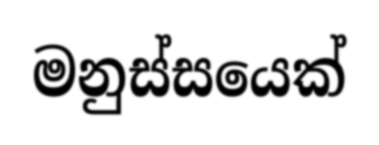
මනුස්සයෙක්